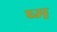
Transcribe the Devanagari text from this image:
ष्म